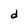
Character: d